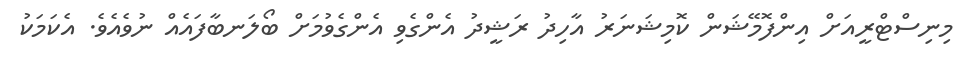
މިނިސްޓްރީއަށް އިންފޮމޭޝަން ކޮމިޝަނަރު އާހިދު ރަޝީދު އެންގެވި އެންގެވުމަށް ބޯލަނބާފައެއް ނުވެއެވެ. އެކަމަކު